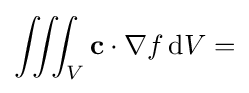
\iiint _{V}\mathbf {c} \cdot \nabla f\,\mathrm {d} V=